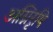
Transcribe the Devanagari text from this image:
अग्निरृषि